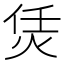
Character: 𤇲